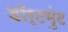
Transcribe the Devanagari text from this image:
डॉर्टमुंट